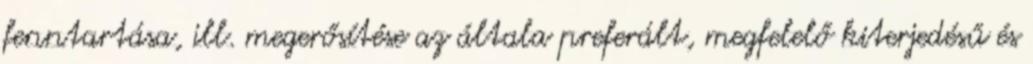
fenntartása, ill. megerősítése az általa preferált, megfelelő kiterjedésű és